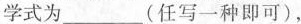
学式为___(任写一种即可)，